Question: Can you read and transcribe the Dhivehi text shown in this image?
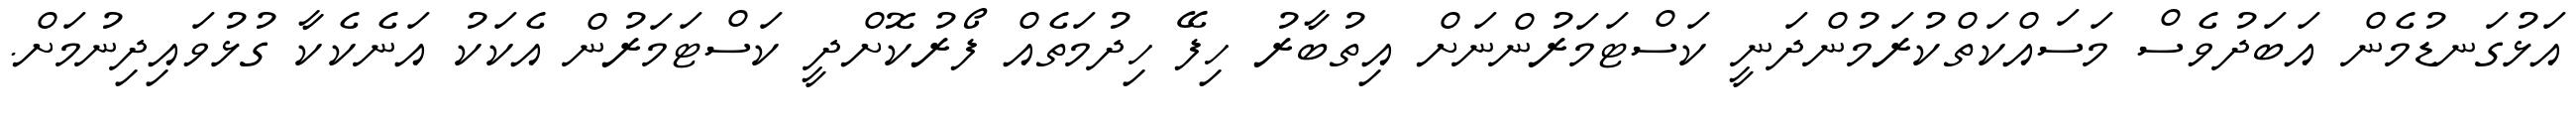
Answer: އަޅުގަނޑުމެން އަބަދުވެސް މަސައްކަތްކުރަމުންދަނީ ކަސްޓަމަރުންނަށް އިތުބާރު ހިފޭ ހިދުމަތެއް ފޯރުކޮށްދީ ކަސްޓަމަރުން އެކަކު އަނެކެކާ ގުޅުވައިދިނުމަށް.